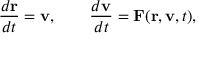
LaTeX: { \frac { d \mathbf { r } } { d t } } = \mathbf { v } , \qquad { \frac { d \mathbf { v } } { d t } } = \mathbf { F } ( \mathbf { r } , \mathbf { v } , t ) ,